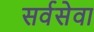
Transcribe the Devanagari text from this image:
सर्वसेवा